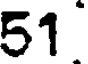
51